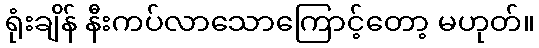
ရုံးချိန် နီးကပ်လာသောကြောင့်တော့ မဟုတ်။